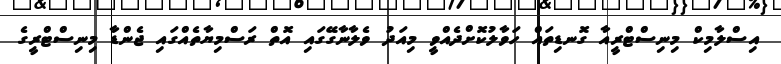
އިސްލާމިކް މިނިސްޓްރީއާ ގޮނޑިތައް ހަވާލުކޮށްދެއްވީ މިއަދު ވެލާނާގޭގައި އޮތް ރަސްމިޔާތެއްގައި ޖެންޑާ މިނިސްޓްރީގެ